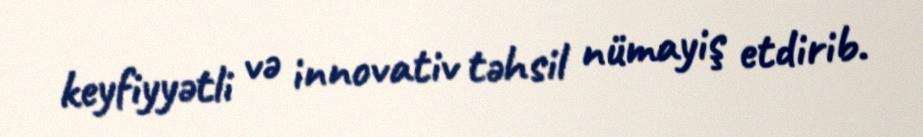
keyfiyyətli və innovativ təhsil nümayiş etdirib.